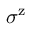
\sigma ^ { \mathrm { z } }